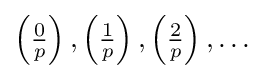
\left({\tfrac {0}{p}}\right),\left({\tfrac {1}{p}}\right),\left({\tfrac {2}{p}}\right),\ldots